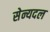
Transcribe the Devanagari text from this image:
सेन्यदल